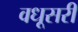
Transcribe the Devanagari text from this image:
वधूसरी